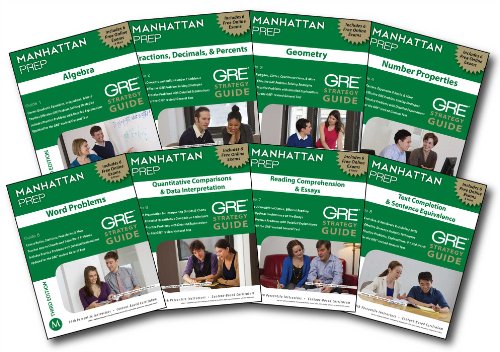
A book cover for Manhattan Prep GRE Set of 8 Strategy Guides, 3rd Edition (Instructional Guide/Strategy Guide); Manhattan Prep; Test Preparation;